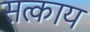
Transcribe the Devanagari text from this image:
सत्काय